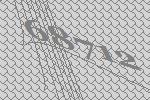
68712